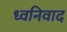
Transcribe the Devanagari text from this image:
ध्वनिवाद